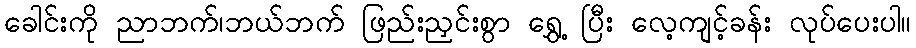
ခေါင်းကို ညာဘက်၊ဘယ်ဘက် ဖြည်းညှင်းစွာ ရွှေ့ ပြီး လေ့ကျင့်ခန်း လုပ်ပေးပါ။